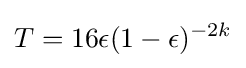
T=16\epsilon (1-\epsilon )^{-2k}